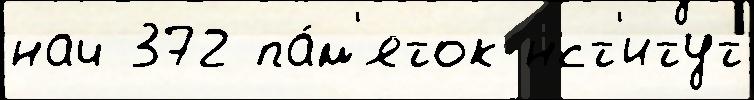
нач 372 па́м'яток нст'итут